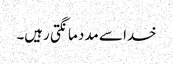
خدا سے مدد مانگتی رہیں۔